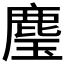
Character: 𮭳